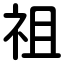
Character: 祖